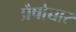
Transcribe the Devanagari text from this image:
प्रैषोच्चार